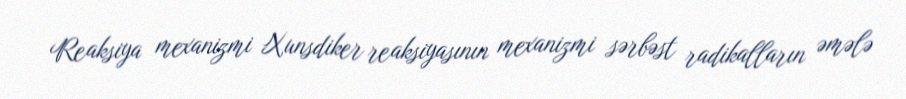
Reaksiya mexanizmi Xunsdiker reaksiyasının mexanizmi sərbəst radikalların əmələ